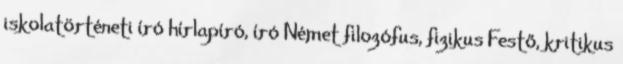
iskolatörténeti író hírlapíró, író Német filozófus, fizikus Festő, kritikus